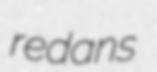
redans